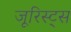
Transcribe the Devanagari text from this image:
जूरिस्ट्स